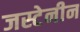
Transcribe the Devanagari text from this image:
जस्टेनीन